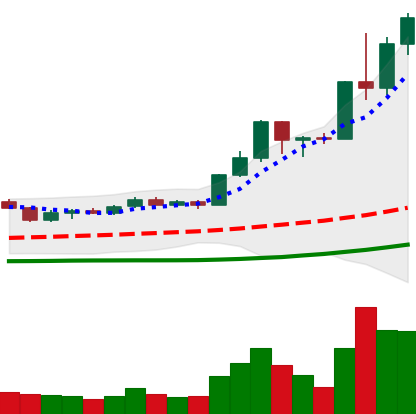
Ticker: LINK-USD
Chart end date: 2020-07-15
Forward return: -15.852%
Label: down_7plus